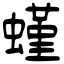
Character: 螼